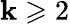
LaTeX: \mathbf{k}\geqslant2